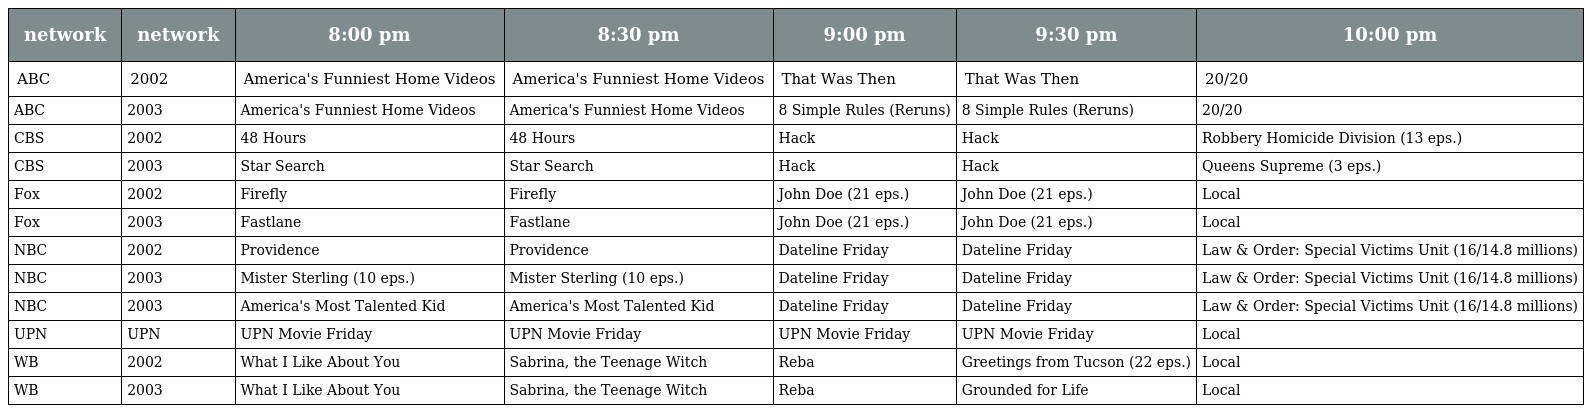
| network | network | 8:00 pm | 8:30 pm | 9:00 pm | 9:30 pm | 10:00 pm |
 | --- | --- | --- | --- | --- | --- | --- |
 | ABC | 2002 | America's Funniest Home Videos | America's Funniest Home Videos | That Was Then | That Was Then | 20/20 |
 | ABC | 2003 | America's Funniest Home Videos | America's Funniest Home Videos | 8 Simple Rules (Reruns) | 8 Simple Rules (Reruns) | 20/20 |
 | CBS | 2002 | 48 Hours | 48 Hours | Hack | Hack | Robbery Homicide Division (13 eps.) |
 | CBS | 2003 | Star Search | Star Search | Hack | Hack | Queens Supreme (3 eps.) |
 | Fox | 2002 | Firefly | Firefly | John Doe (21 eps.) | John Doe (21 eps.) | Local |
 | Fox | 2003 | Fastlane | Fastlane | John Doe (21 eps.) | John Doe (21 eps.) | Local |
 | NBC | 2002 | Providence | Providence | Dateline Friday | Dateline Friday | Law & Order: Special Victims Unit (16/14.8 millions) |
 | NBC | 2003 | Mister Sterling (10 eps.) | Mister Sterling (10 eps.) | Dateline Friday | Dateline Friday | Law & Order: Special Victims Unit (16/14.8 millions) |
 | NBC | 2003 | America's Most Talented Kid | America's Most Talented Kid | Dateline Friday | Dateline Friday | Law & Order: Special Victims Unit (16/14.8 millions) |
 | UPN | UPN | UPN Movie Friday | UPN Movie Friday | UPN Movie Friday | UPN Movie Friday | Local |
 | WB | 2002 | What I Like About You | Sabrina, the Teenage Witch | Reba | Greetings from Tucson (22 eps.) | Local |
 | WB | 2003 | What I Like About You | Sabrina, the Teenage Witch | Reba | Grounded for Life | Local |